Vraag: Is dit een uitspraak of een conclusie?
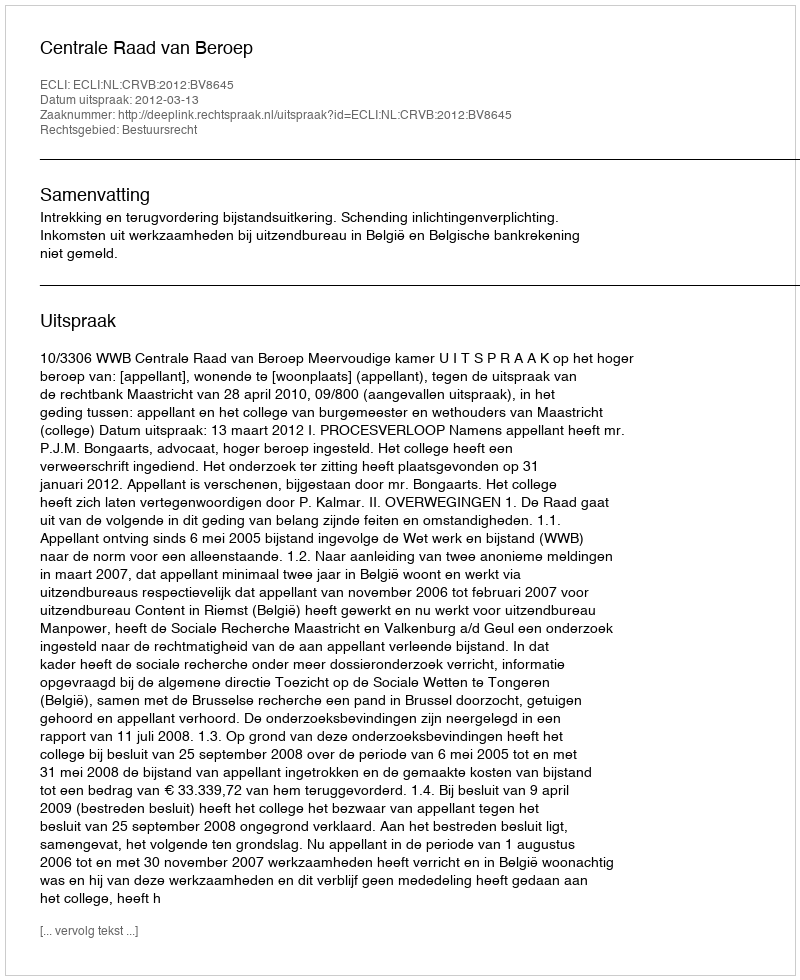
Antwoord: Uitspraak